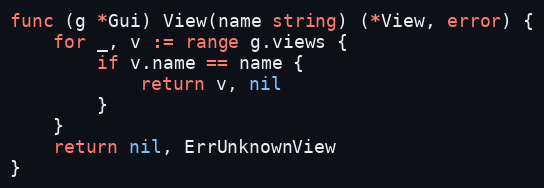
Language: Go
func (g *Gui) View(name string) (*View, error) {
	for _, v := range g.views {
		if v.name == name {
			return v, nil
		}
	}
	return nil, ErrUnknownView
}